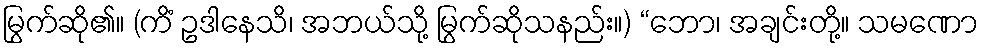
မြွက်ဆို၏။ (ကိံ ဥဒါနေသိ၊ အဘယ်သို့ မြွက်ဆိုသနည်း။) “ဘော၊ အချင်းတို့။ သမဏော